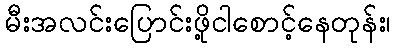
မီးအလင်းပြောင်းဖို့ငါစောင့်နေတုန်း၊